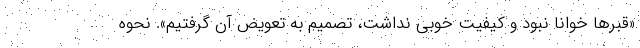
«قبرها خوانا نبود و کیفیت خوبی نداشت، تصمیم به تعویض آن گرفتیم». نحوه